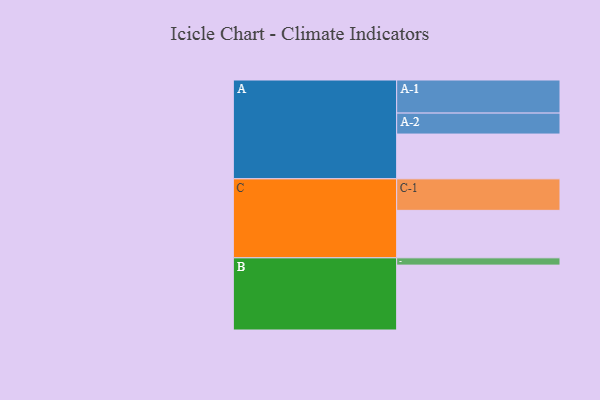
{"axis": {"x": "Segment", "y": "Value"}, "legend": ["", "A", "B", "C"], "data": [{"x": "A", "y": 314, "type": ""}, {"x": "B", "y": 455, "type": ""}, {"x": "C", "y": 333, "type": ""}, {"x": "A-1", "y": 232, "type": "A"}, {"x": "A-2", "y": 147, "type": "A"}, {"x": "B-1", "y": 51, "type": "B"}, {"x": "C-1", "y": 221, "type": "C"}]}